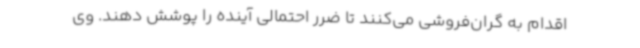
اقدام به گران‌فروشی می‌کنند تا ضرر احتمالی آینده را پوشش دهند. وی